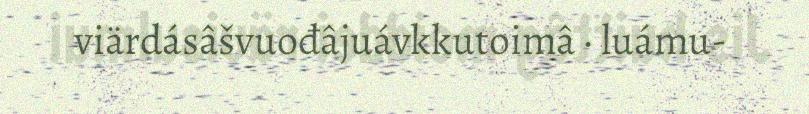
viärdásâšvuođâjuávkkutoimâ · luámu-